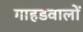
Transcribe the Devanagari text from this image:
गाहडवालों